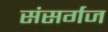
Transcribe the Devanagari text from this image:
संसर्गज